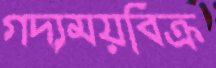
গদ্যময়বিক্র